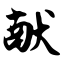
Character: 献